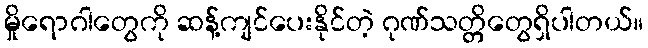
မှိုရောဂါတွေကို ဆန့်ကျင်ပေးနိုင်တဲ့ ဂုဏ်သတ္တိတွေရှိပါတယ်။